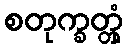
စတုက္ခတ္တုံ